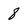
Character: 8